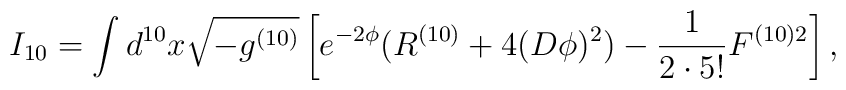
I_{10}= \int d^{10}x \sqrt{-g^{(10)}}\left[ e^{-2\phi}(R^{(10)}+4(D\phi)^2)-\frac{1}{2 \cdot 5!}F^{(10)2} \right] ,